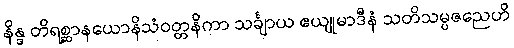
နိန္ဒ တိရစ္ဆာနယောနိသံဝတ္တနိကာ သင်္ချာယ ဧယျုမာဒီနံ သတိသမ္ပဇညေဟိ